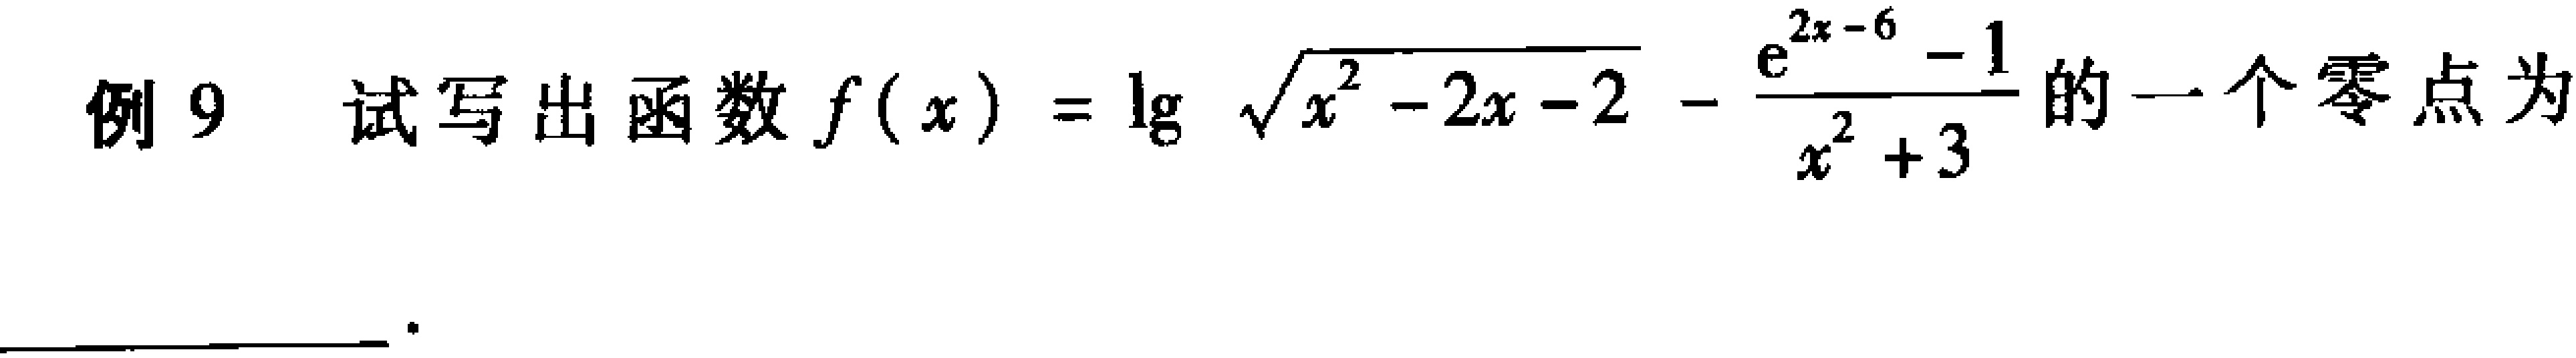
例9 试写出函数\(f(x)=\lg\sqrt{x^{2}-2x - 2}-\frac{e^{2x - 6}-1}{x^{2}+3}\)的一个零点为  。